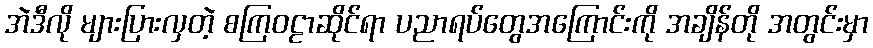
အဲဒီလို များပြားလှတဲ့ စကြဝဠာဆိုင်ရာ ပညာရပ်တွေအကြောင်းကို အချိန်တို အတွင်းမှာ